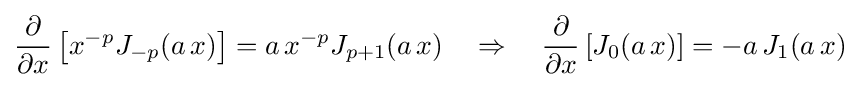
{\frac {\partial }{\partial x}}\left[x^{-p}J_{-p}(a\,x)\right]=a\,x^{-p}J_{p+1}(a\,x)\quad \Rightarrow \quad {\frac {\partial }{\partial x}}\left[J_{0}(a\,x)\right]=-a\,J_{1}(a\,x)